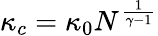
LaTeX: \kappa_{c}=\kappa_{0}N^{\frac{1}{\gamma-1}}